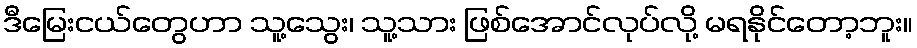
ဒီမြေးငယ်တွေဟာ သူ့သွေး၊ သူ့သား ဖြစ်အောင်လုပ်လို့ မရနိုင်တော့ဘူး။